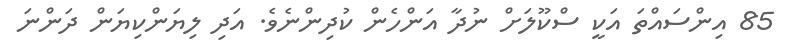
85 އިންސައްތަ އަކީ ސްކޫލަށް ނުދާ އަންހެން ކުދިންނެވެ. އަދި ލިޔަންކިޔަން ދަންނަ